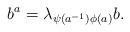
LaTeX: \begin{align*}b^{a} = \lambda_{\psi(a^{-1}) \phi (a)} b .\end{align*}